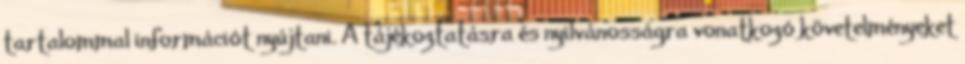
tartalommal információt nyújtani. A tájékoztatásra és nyilvánosságra vonatkozó követelményeket